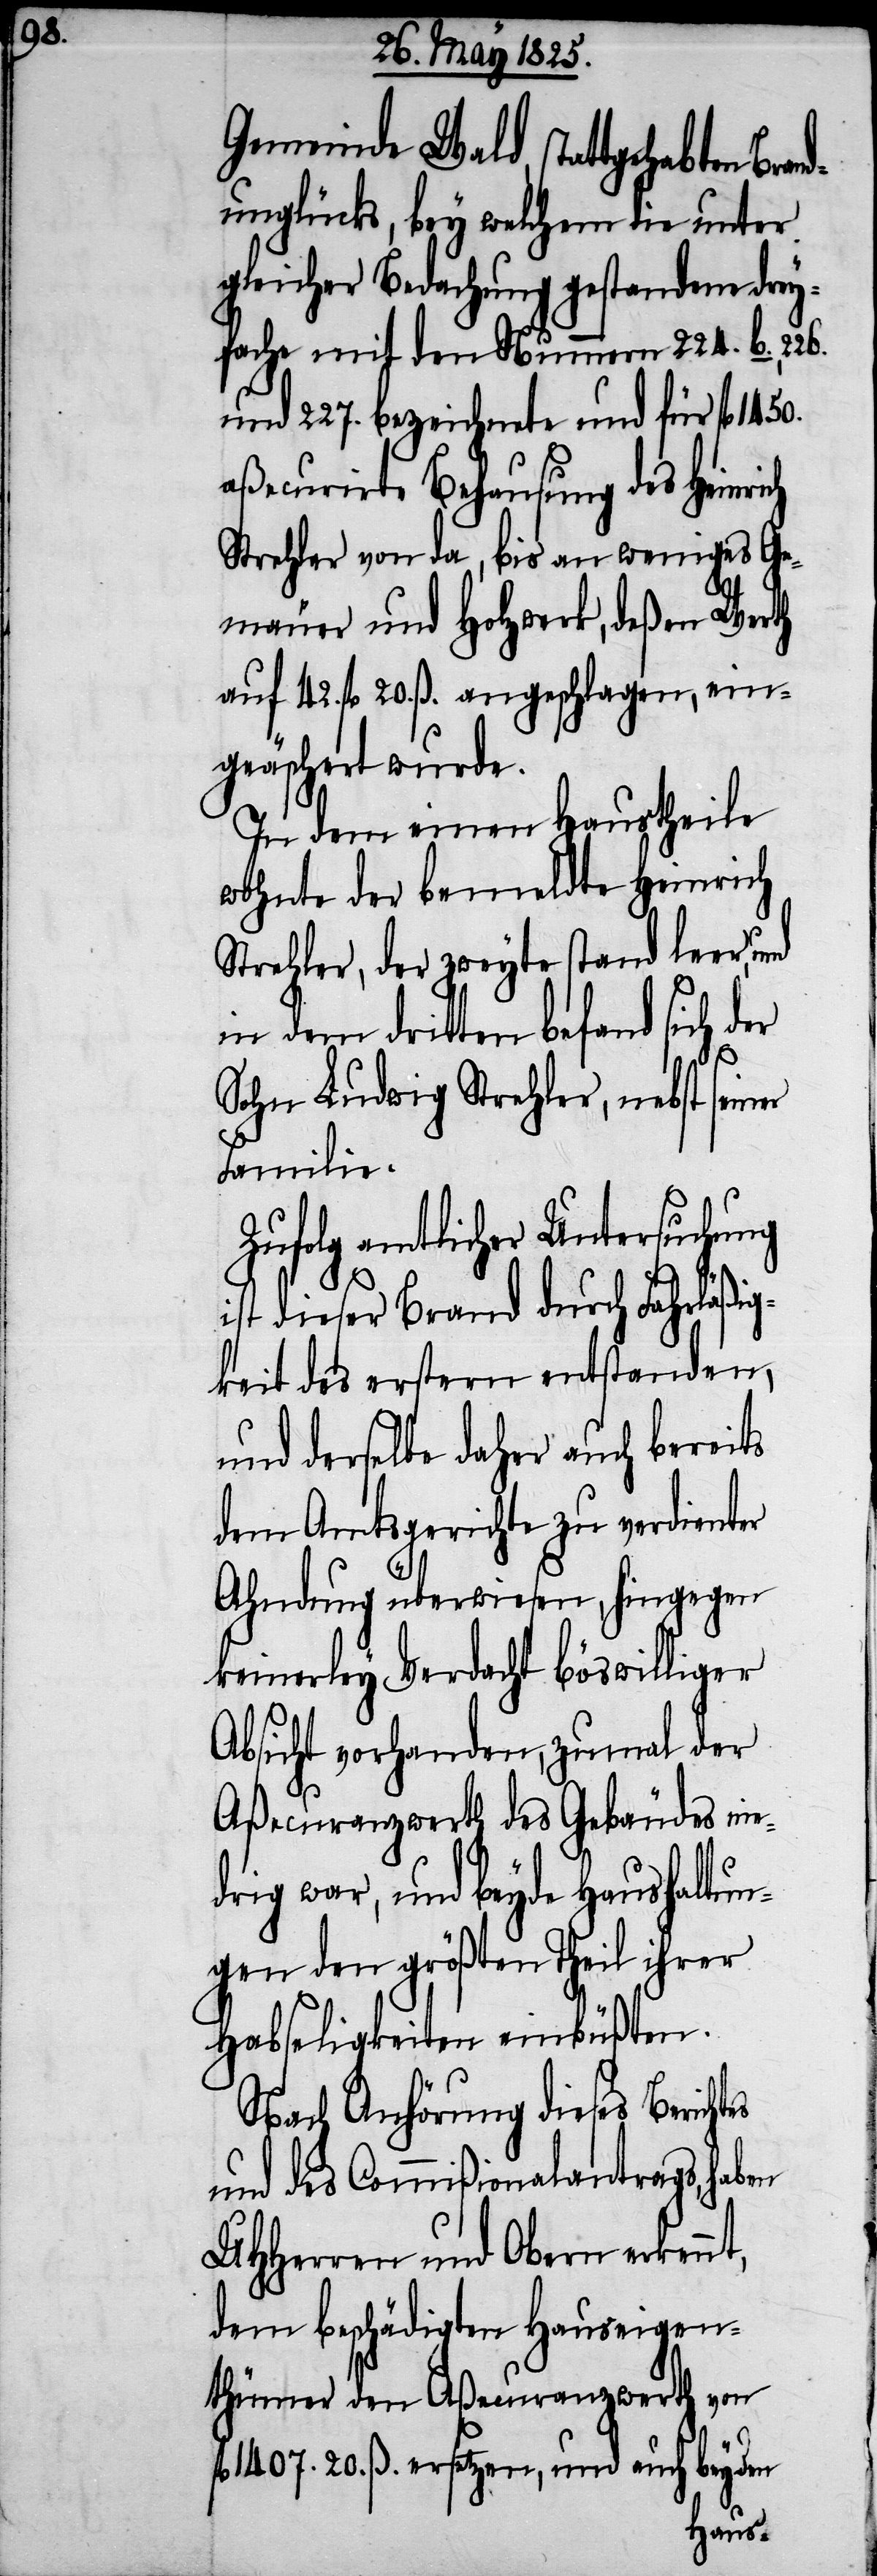
Gemeinde Wald stattgehabten Bra¬
unglücks, bey welchem die unter
gleicher Bedachung gestandene drey¬
fache mit den Nummern 224. b.,
und 227. bezeichnete und für fl 1450.
aßecurirte Behausung des Heinrich
Strehler von da, bis an weniges Ge¬
mäuer und Holzwerk, deßen Werth
auf 42. fl 20. ß. angeschlagen, ein¬
geäschert wurde.
In dem einen Haustheile
wohnte der bemeldte Heinrich
Strehler, der zweyte stand leer, und
in dem dritten befand sich der
Sohn Ludwig Strehler, nebst sein¬
Familie.
Zufolg amtlicher Untersuchung
ist dieser Brand durch Fahrläßig¬
keit des erstern entstanden,
und derselbe daher auch bereits
dem Amtsgerichte zu verdienter
Ahndung überwiesen, hingegen
keinerley Verdacht böswilliger
Absicht vorhanden, zumal der
Aßecuranzwerth des Gebäudes nie¬
drig war, und beyde Haushaltun¬
gen den größten Theil ihrer
Habseligkeiten einbüßten.
Nach Anhörung dieses Berich¬
und des Commißionalantrags, haben
UHHerren und Obern erkennt,
dem beschädigten Hauseigen¬
thümer den Aßecuranzwerth von
1407. 20. ß. zu ersetzen, und auch bey den
tes